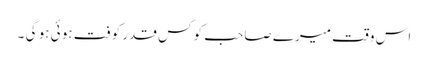
اس وقت میرے صاحب کو کس قدر کوفت ہو ئی ہو گی ۔